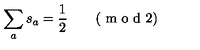
\sum _ { a } s _ { a } = \frac { 1 } { 2 } \qquad ( \textrm { m o d } 2 )